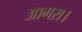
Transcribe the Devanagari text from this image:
आगरा।